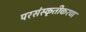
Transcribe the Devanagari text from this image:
परसंस्कृतीकरण